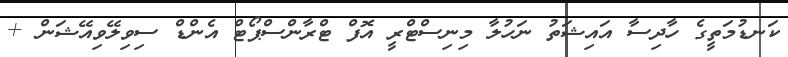
ކަނޑުމަތީގެ ހާދިސާ އައިޝަތު ނަހުލާ މިނިސްޓްރީ އޮފް ޓްރާންސްޕޯޓް އެންޑް ސިވިލޭވިއޭޝަން +